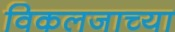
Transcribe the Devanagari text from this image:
विकलजाच्या